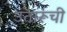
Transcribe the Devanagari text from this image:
उतारूंची